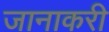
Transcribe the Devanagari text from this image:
जानाकरी